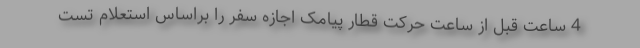
4 ساعت قبل از ساعت حرکت قطار پیامک اجازه سفر را براساس استعلام تست